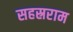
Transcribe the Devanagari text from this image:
सहस्रराम